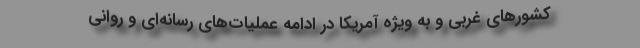
کشورهای غربی و به ویژه آمریکا در ادامه عملیات‌های رسانه‌ای و روانی